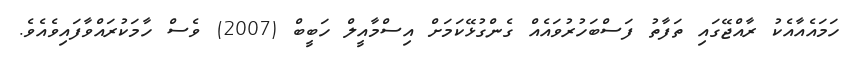
ހަމައެއާއެކު ރާއްޖޭގައި ތަފާތު ފަސްބަހުރުވައެއް ގެންގުޅޭކަމަށް އިސްމާއީލް ހަބީބް (2007) ވެސް ހާމަކުރައްވާފައިވެއެވެ.